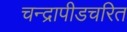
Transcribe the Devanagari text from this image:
चन्द्रापीडचरित